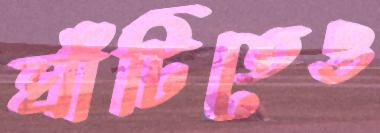
ঘাঁটিতেও